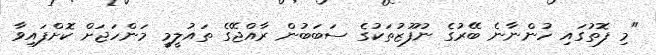
"މި ފޮތުގައި ހުންނާނެ ބޭރުގެ ނުފޫޒުތަކުގެ ސަބަބުން ރާއްޖޭގެ ތައުލީމީ މަންހަޖަށް ކޮށްފައިވާ